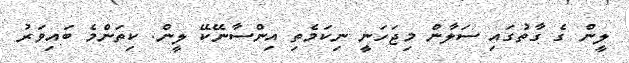
ލީން ގެ ގާތުގައި ސަލާން މިޖަހަނީ ނިކަމެތި އިންސާނޭކޭ ލީން. ކިތަންމެ ބައިވަރު